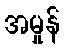
အမှုန်